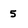
Character: 5